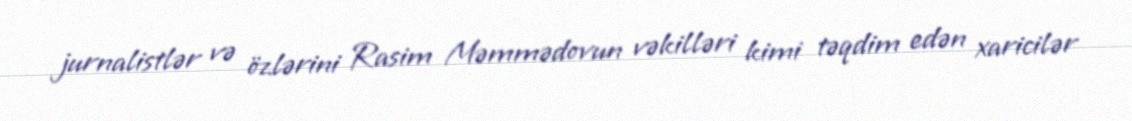
jurnalistlər və özlərini Rasim Məmmədovun vəkilləri kimi təqdim edən xaricilər